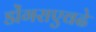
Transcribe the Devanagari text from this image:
डोंगराएवढे